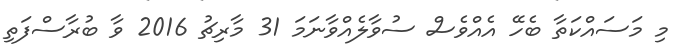
މި މަސައްކަތާ ބެހޭ އެއްވެސް ސުވާލެއްވާނަމަ 31 މާރިޗު 2016 ވާ ބުރާސްފަތި